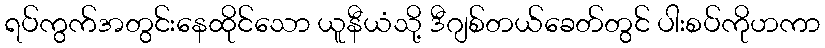
ရပ်ကွက်အတွင်းနေထိုင်သော ယူနီယံသို့ ဒီဂျစ်တယ်ခေတ်တွင် ပါးစပ်ကိုဟကာ